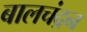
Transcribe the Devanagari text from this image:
बालचंद्रन